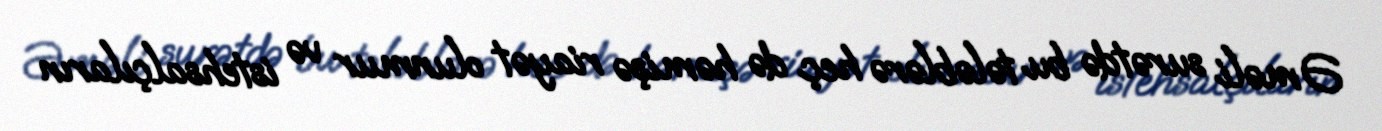
Əməli surətdə bu tələblərə heç də həmişə riayət olunmur və istehsalçıların